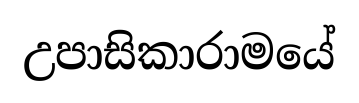
උපාසිකාරාමයේ